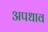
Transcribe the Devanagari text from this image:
अपधाव